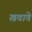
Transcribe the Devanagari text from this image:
खवावे